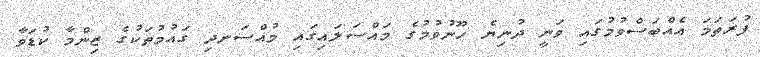
ފުރަތަމަ އެއްބަސްވުމުގައި ވަނީ ދުނިޔެ ހޫނުވުމުގެ މައްސަލައިގައި މުއްސަނދި ގައުމުތަކުގެ ޒިންމާ ކުޑަވާ